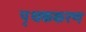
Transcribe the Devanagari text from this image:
पृथककरण